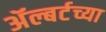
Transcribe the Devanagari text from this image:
ॲल्बर्टच्या